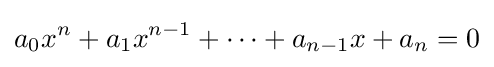
a_{0}x^{n}+a_{1}x^{n-1}+\cdots +a_{n-1}x+a_{n}=0